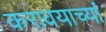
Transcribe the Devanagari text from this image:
करावयाच्यां